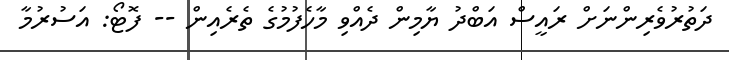
ދަތުރުވެރިންނަށް ރައީސް އަބްދު ޔާމިން ދެއްވި މާހެފުމުގެ ތެރެއިން -- ފޮޓޯ: އަސުރުމާ